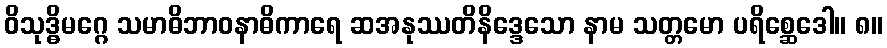
ဝိသုဒ္ဓိမဂ္ဂေ သမာဓိဘာဝနာဓိကာရေ ဆအနုဿတိနိဒ္ဒေသော နာမ သတ္တမော ပရိစ္ဆေဒေါ။ ၈။